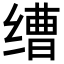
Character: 𬘿